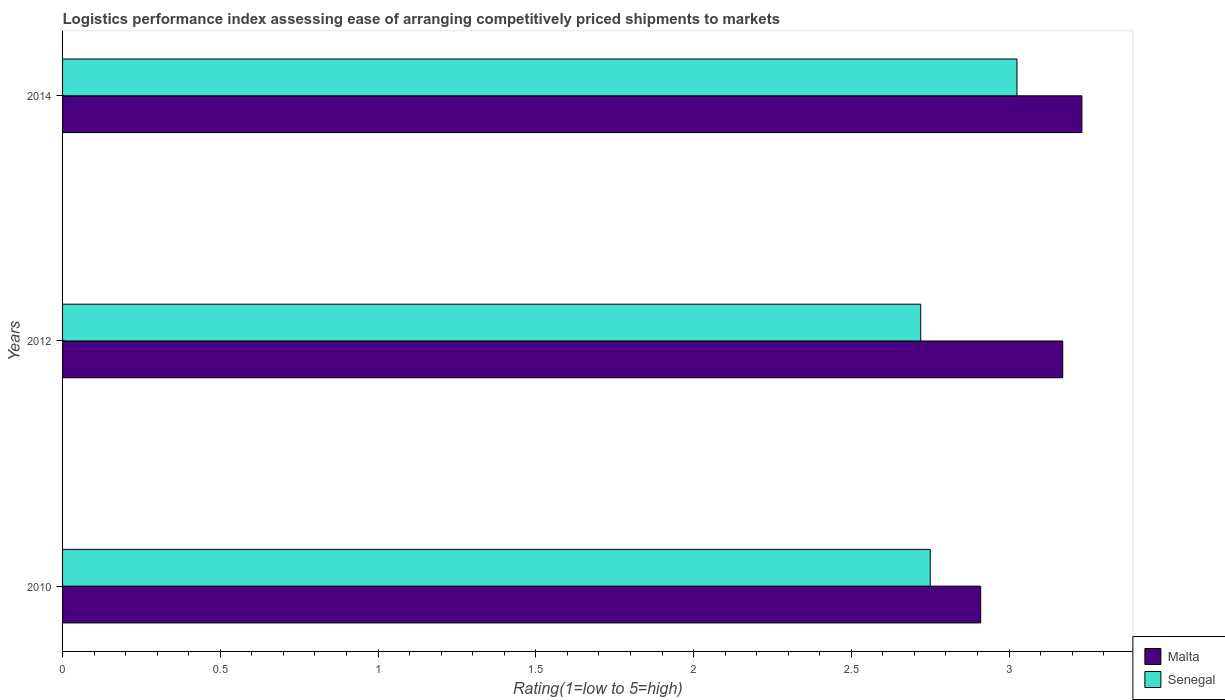
| Years | Malta | Senegal |
 | --- | --- | --- |
 | 2010 | 2.91 | 2.75 |
 | 2012 | 3.17 | 2.72 |
 | 2014 | 3.23 | 3.02 |